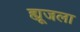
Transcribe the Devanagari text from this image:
ह्यूजला